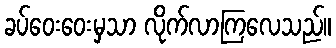
ခပ်ဝေးဝေးမှသာ လိုက်လာကြလေသည်။